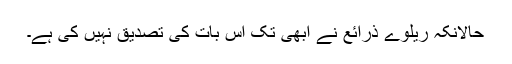
حالانکہ ریلوے ذرائع نے ابھی تک اس بات کی تصدیق نہیں کی ہے۔